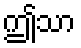
ဤသာ